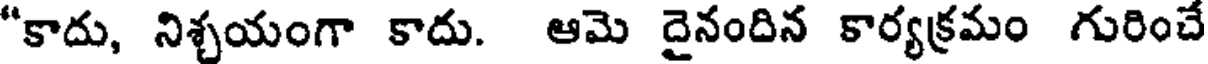
"కాదు, నిశ్చయంగా కాదు. ఆమె దైనందిన కార్యక్రమం గురించే